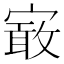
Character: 𡪯